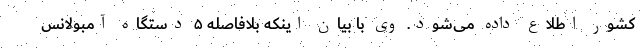
کشور اطلاع داده می‌شود. وی با بیان اینکه بلافاصله ۵ دستگاه آمبولانس